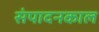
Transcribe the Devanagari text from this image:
संपादनकाल